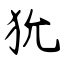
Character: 狁